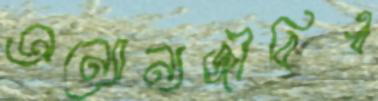
অন্যোন্যজীবিত্ব